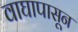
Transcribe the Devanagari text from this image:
वाघापासून